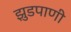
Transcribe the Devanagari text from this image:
झुडपाणी